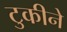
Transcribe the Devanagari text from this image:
टुकीने